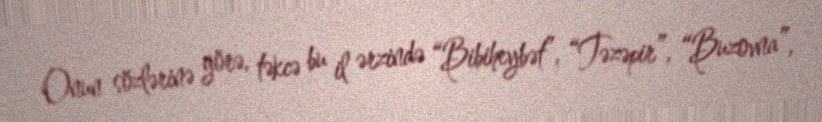
Onun sözlərinə görə, təkcə bu il ərzində “Bibiheybət”, “Təzəpir”, “Buzovna”,